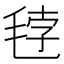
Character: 𰚘